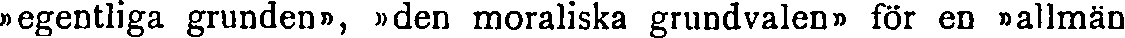
»egentliga grunden», »den moraliska grundvalen» för en »allmän